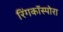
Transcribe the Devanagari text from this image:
रिंगकॉस्पोरा